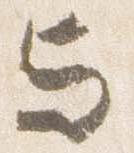
与